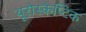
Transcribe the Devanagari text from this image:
यूरोस्केप्टिक